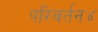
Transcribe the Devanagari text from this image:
परिवर्तन४